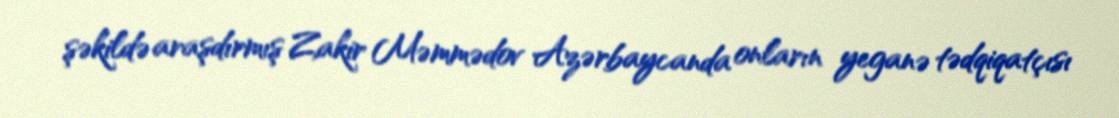
şəkildə araşdırmış Zakir Məmmədov Azərbaycanda onların yeganə tədqiqatçısı